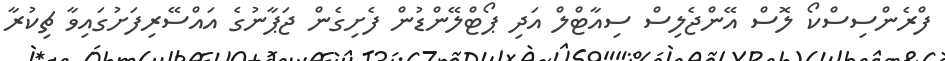
ފްރެންސިސްކޯ ލޮސް އޭންޖެލިސް ސިއާޓްލް އަދި ޕޯޓްލޭންޑުން ފެށިގެން ޖަޕާނުގެ އައްސޭރިފަށުގައިވާ ޗިކުރާ